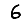
Digit: 6